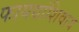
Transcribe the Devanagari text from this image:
फायद्यांशिवाय